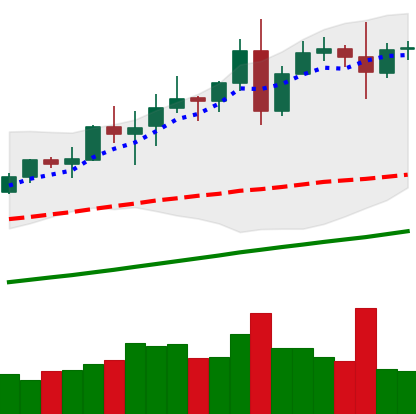
Ticker: TRX-USD
Chart end date: 2020-08-09
Forward return: 20.891%
Label: up_7plus